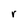
Character: r